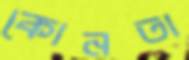
কোনতা